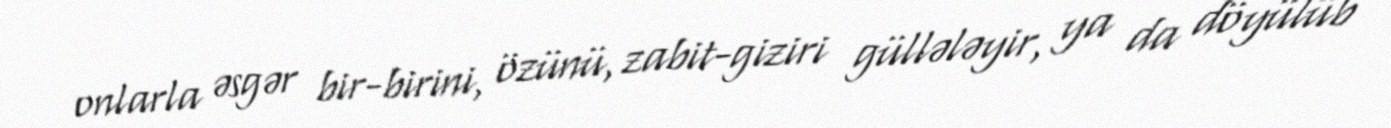
onlarla əsgər bir-birini, özünü, zabit-giziri güllələyir, ya da döyülüb